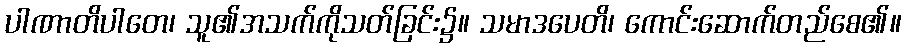
ပါဏာတိပါတေ၊ သူ၏အသက်ကိုသတ်ခြင်း၌။ သမာဒပေတိ၊ ကောင်းဆောက်တည်စေ၏။